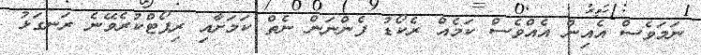
ނަމަވެސް އެއިން އެއްވެސް ކަމެއް ރެކޯޑު ފެންނަން ނެތް ކަމަށާއި ރިޕޯޓްކުރެވޭނެ ރަނގަޅު